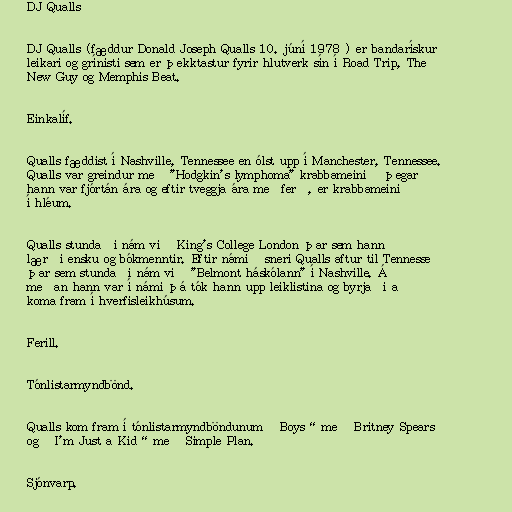
DJ Qualls

DJ Qualls (fæddur Donald Joseph Qualls 10. júní 1978 ) er bandarískur
leikari og grínisti sem er þekktastur fyrir hlutverk sín í Road Trip, The
New Guy og Memphis Beat.

Einkalíf.

Qualls fæddist í Nashville, Tennessee en ólst upp í Manchester, Tennessee.
Qualls var greindur með "Hodgkin's lymphoma" krabbameinið þegar
hann var fjórtán ára og eftir tveggja ára meðferð, er krabbameinið
í hléum.

Qualls stundaði nám við King's College London þar sem hann
lærði ensku og bókmenntir. Eftir námið sneri Qualls aftur til Tennesse
þar sem stundaði nám við "Belmont háskólann" í Nashville. Á
meðan hann var í námi þá tók hann upp leiklistina og byrjaði að
koma fram í hverfisleikhúsum.

Ferill.

Tónlistarmyndbönd.

Qualls kom fram í tónlistarmyndböndunum „Boys“ með Britney Spears
og „I'm Just a Kid“ með Simple Plan.

Sjónvarp.